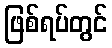
ဖြစ်ရပ်တွင်